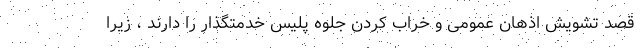
قصد تشویش اذهان عمومی و خراب کردن جلوه پلیس خدمتگذار را دارند ، زیرا